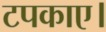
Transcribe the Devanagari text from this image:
टपकाए।